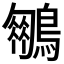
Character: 𪆍